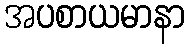
အပစာယမာနာ